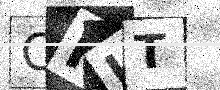
Text: CHIT